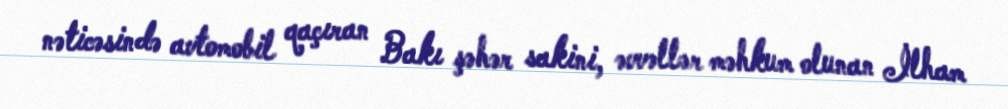
nəticəsində avtomobil qaçıran Bakı şəhər sakini, əvvəllər məhkum olunan İlham